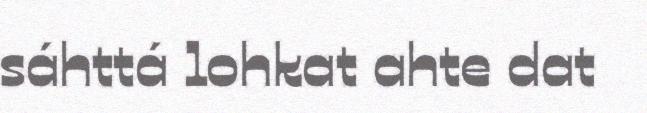
sáhttá lohkat ahte dat